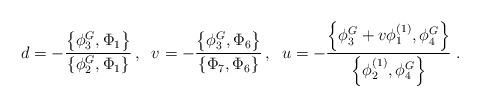
LaTeX: \begin{align*}d=-\frac{\left\{ \phi _{3}^{G},\Phi _{1}\right\} }{\left\{ \phi_{2}^{G},\Phi _{1}\right\} }\,,\;\;v=-\frac{\left\{ \phi _{3}^{G},\Phi_{6}\right\} }{\left\{ \Phi _{7},\Phi _{6}\right\} }\,,\;\;u=-\frac{\left\{\phi _{3}^{G}+v\phi _{1}^{\left( 1\right) },\phi _{4}^{G}\right\} }{\left\{\phi _{2}^{(1)},\phi _{4}^{G}\right\} }\;.\end{align*}